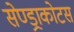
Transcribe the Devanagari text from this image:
सेण्ड्राकोटस